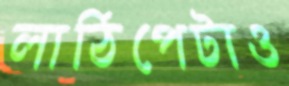
লাঠিপেটাও